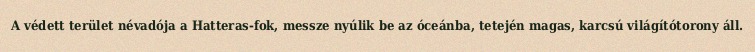
A védett terület névadója a Hatteras-fok, messze nyúlik be az óceánba, tetején magas, karcsú világítótorony áll.